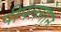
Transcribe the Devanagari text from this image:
पीपलगोन